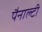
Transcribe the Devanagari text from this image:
पैनाल्टी